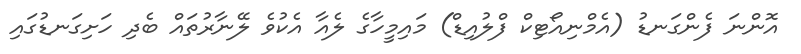
އޮންނަ ފެންގަނޑު (އެމްނިއޯޓިކް ފްލުއިޑް) މައިމީހާގެ ލެއާ އެކުވެ ލޭނާރުތައް ބެދި ހަށިގަނޑުގައި